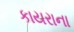
કાયરાના